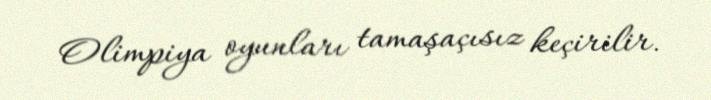
Olimpiya oyunları tamaşaçısız keçirilir.